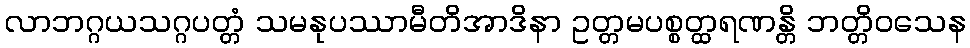
လာဘဂ္ဂယသဂ္ဂပတ္တံ သမနုပဿာမီတိအာဒိနာ ဥတ္တမပစ္စတ္ထရဏန္တိ ဘတ္တိဝသေန